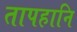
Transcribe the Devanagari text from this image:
तापहानि